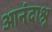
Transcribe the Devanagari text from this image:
आनंदाश्रु